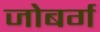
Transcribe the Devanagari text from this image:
जोबर्ग